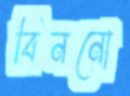
বিননো